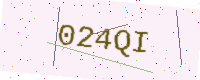
Text: 024QI